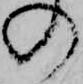
の